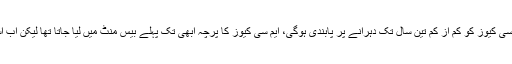
انہوں نے مزید بتایا پرچے کے پہلے حصے میں بیس نمبرز کے ایم سی کیوز کو کم از کم تین سال تک دہرانے پر پابندی ہوگی، ایم سی کیوز کا پرچہ ابھی تک پہلے بیس منٹ میں لیا جاتا تھا لیکن اب اسے آخری بیس منٹ میں لیا جائے گاتاکہ اسے محفوظ رکھا جاسکے۔